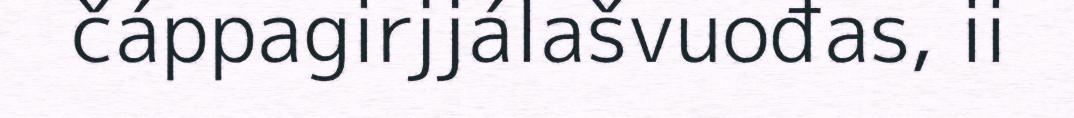
čáppagirjjálašvuođas, ii